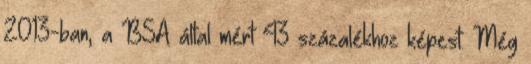
2013-ban, a BSA által mért 43 százalékhoz képest. Még